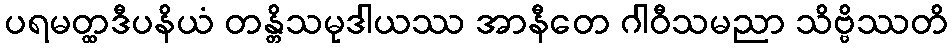
ပရမတ္ထဒီပနိယံ တန္တိသမုဒါယဿ အာနီတေ ဂါဝီသမညာ သိဗ္ဗိဿတိ